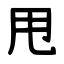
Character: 甩